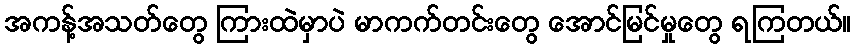
အကန့်အသတ်တွေ ကြားထဲမှာပဲ မာကက်တင်းတွေ အောင်မြင်မှုတွေ ရကြတယ်။